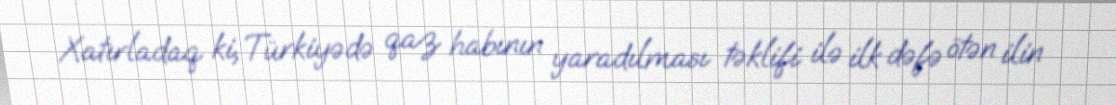
Xatırladaq ki, Türkiyədə qaz habının yaradılması təklifi ilə ilk dəfə ötən ilin